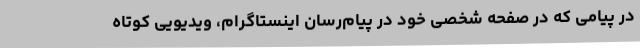
در پیامی که در صفحه شخصی خود در پیام‌رسان اینستاگرام، ویدیویی کوتاه